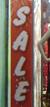
sale